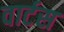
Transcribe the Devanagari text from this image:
वार्टस